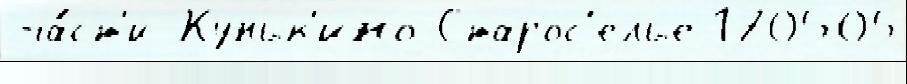
ча́ст'и Куньк'ино Старос'елье 170505